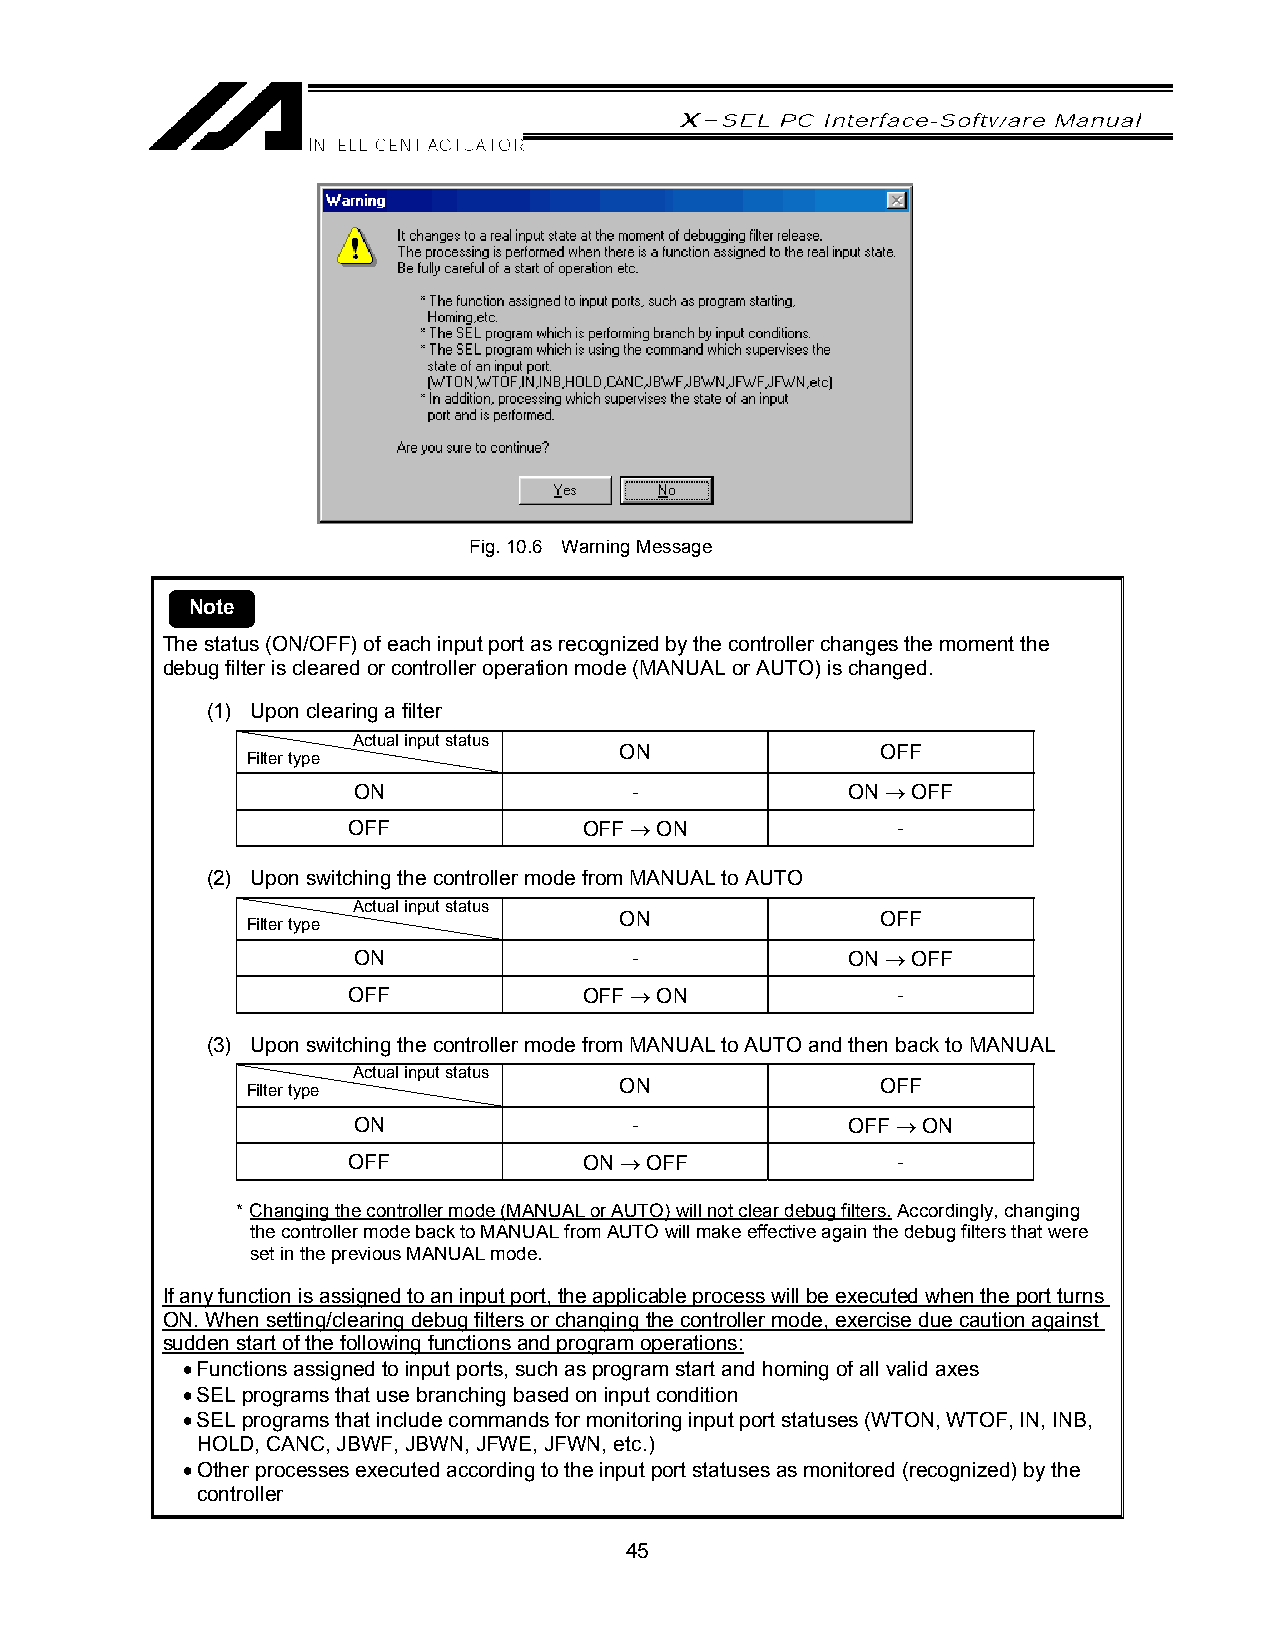
Fig. 10.6 Warning Message
 Note
 The status (ON/OFF) of each input port as recognized by the controller changes the moment the
 debug filter is cleared or controller operation mode (MANUAL or AUTO) is changed.
 (1) Upon clearing a filter
 Ac tual input status
 ON               OFF
 Filter type
 ON                 -             ON → OFF
 OFF             OFF → ON            -
 (2) Upon switching the controller mode from MANUAL to AUTO
 Ac tual input status
 ON               OFF
 Filter type
 ON                 -             ON → OFF
 OFF             OFF → ON            -
 (3) Upon switching the controller mode from MANUAL to AUTO and then back to MANUAL
 Ac tual input status
 ON               OFF
 Filter type
 ON                 -             OFF → ON
 OFF             ON → OFF            -
 * Changing the controller mode (MANUAL or AUTO) will not clear debug filters. Accordingly, changing
 the controller mode back to MANUAL from AUTO will make effective again the debug filters that were
 set in the previous MANUAL mode.
 If any function is assigned to an input port, the applicable process will be executed when the port turns
 ON. When setting/clearing debug filters or changing the controller mode, exercise due caution against
 sudden start of the following functions and program operations:
 • Functions assigned to input ports, such as program start and homing of all valid axes
 • SEL programs that use branching based on input condition
 • SEL programs that include commands for monitoring input port statuses (WTON, WTOF, IN, INB,
 HOLD, CANC, JBWF, JBWN, JFWE, JFWN, etc.)
 • Other processes executed according to the input port statuses as monitored (recognized) by the
 controller
 45